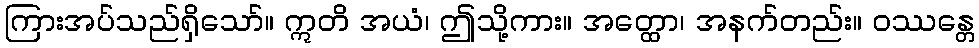
ကြားအပ်သည်ရှိသော်။ ဣတိ အယံ၊ ဤသို့ကား။ အတ္ထော၊ အနက်တည်း။ ဝဿန္တေ